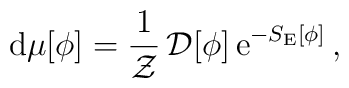
{\rm d}\mu[\phi]= \frac{1}{{\cal Z}}\,{\cal D}[\phi]\,{\rm e}^{-S_{\rm E}[\phi]} \,,